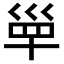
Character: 𡿼